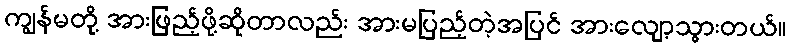
ကျွန်မတို့ အားဖြည့်ဖို့ဆိုတာလည်း အားမပြည့်တဲ့အပြင် အားလျော့သွားတယ်။